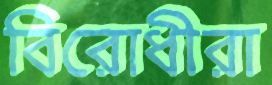
বিরোধীরা